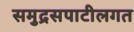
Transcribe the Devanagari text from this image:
समुद्रसपाटीलगत